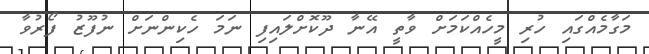
މަގާމެއްގައި ހުރި މީހެއްކަމަށް ވާތީ އޭނާ ދޫކޮށްލައިފި ނަމަ ހެކިންނަށް ނުފޫޒު ފޯރުވާ